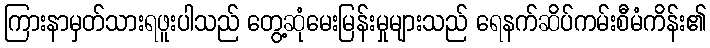
ကြားနာမှတ်သားရဖူးပါသည် တွေ့ဆုံမေးမြန်းမှုများသည် ရေနက်ဆိပ်ကမ်းစီမံကိန်း၏